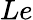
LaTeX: Le